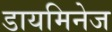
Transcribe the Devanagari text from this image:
डायमिनेज